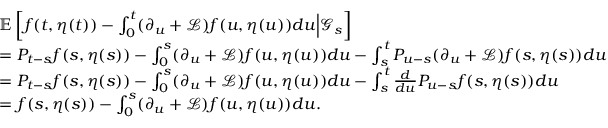
\begin{array} { r l } & { \mathbb { E } \left[ f ( t , \eta ( t ) ) - \int _ { 0 } ^ { t } ( \partial _ { u } + \mathscr { L } ) f ( u , \eta ( u ) ) d u \Big \lvert \mathcal { G } _ { s } \right] } \\ { \ } & { = P _ { t - s } f ( s , \eta ( s ) ) - \int _ { 0 } ^ { s } ( \partial _ { u } + \mathscr { L } ) f ( u , \eta ( u ) ) d u - \int _ { s } ^ { t } P _ { u - s } ( \partial _ { u } + \mathscr { L } ) f ( s , \eta ( s ) ) d u } \\ { \ } & { = P _ { t - s } f ( s , \eta ( s ) ) - \int _ { 0 } ^ { s } ( \partial _ { u } + \mathscr { L } ) f ( u , \eta ( u ) ) d u - \int _ { s } ^ { t } \frac { d } { d u } P _ { u - s } f ( s , \eta ( s ) ) d u } \\ { \ } & { = f ( s , \eta ( s ) ) - \int _ { 0 } ^ { s } ( \partial _ { u } + \mathscr { L } ) f ( u , \eta ( u ) ) d u . } \end{array}